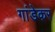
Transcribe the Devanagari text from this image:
गांडेकर